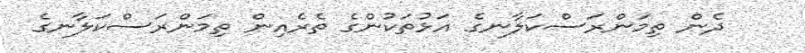
ދެން ތިމަންރަސްކަލާނގެ އަޅުތަކުންގެ ތެރެއިން ތިމަންރަސްކަލާނގެ